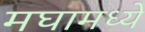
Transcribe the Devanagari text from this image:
मघामध्ये